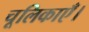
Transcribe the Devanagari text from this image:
चूलिकाएँ।